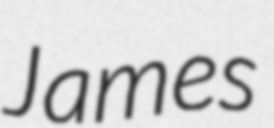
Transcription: James